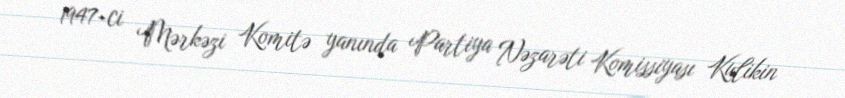
1947-ci Mərkəzi Komitə yanında Partiya Nəzarəti Komissiyası Kulikin